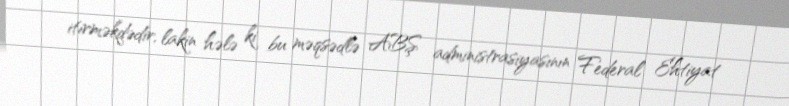
itirməkdədir, lakin hələ ki bu məqsədlə ABŞ administrasiyasının Federal Ehtiyat